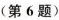
(第6题)